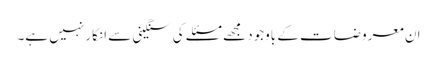
ان معروضات کے باوجود مجھے مسئلے کی سنگینی سے انکار نہیں ہے۔